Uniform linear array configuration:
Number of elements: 16
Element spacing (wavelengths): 1
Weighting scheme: hann
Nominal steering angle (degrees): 0
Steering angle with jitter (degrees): -0.2809
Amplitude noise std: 0.05
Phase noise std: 0.05

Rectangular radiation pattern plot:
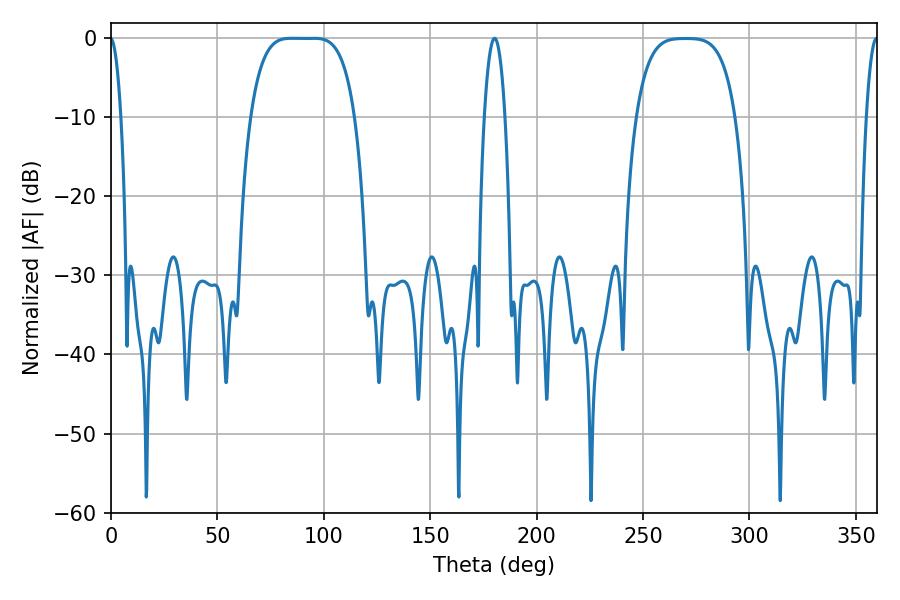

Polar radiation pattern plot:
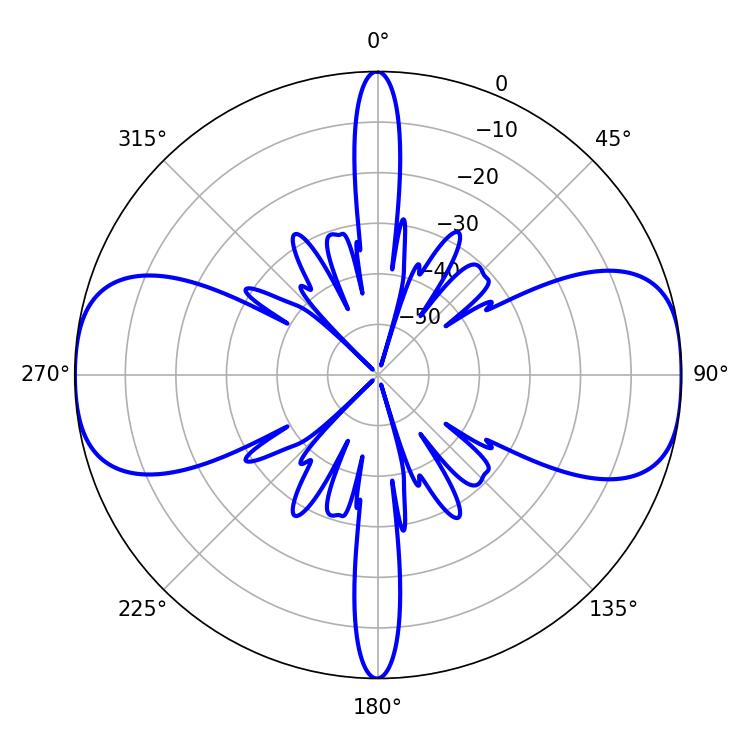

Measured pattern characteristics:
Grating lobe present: TRUE
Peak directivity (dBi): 15.364
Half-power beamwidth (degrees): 37.08
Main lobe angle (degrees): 84.78